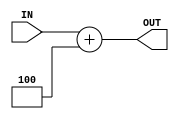
`timescale 1ns/100ps

module plus_4_adder (IN, OUT);

    input [31:0] IN;
    output [31:0] OUT;

    assign #1 OUT = IN + 4;

endmodule